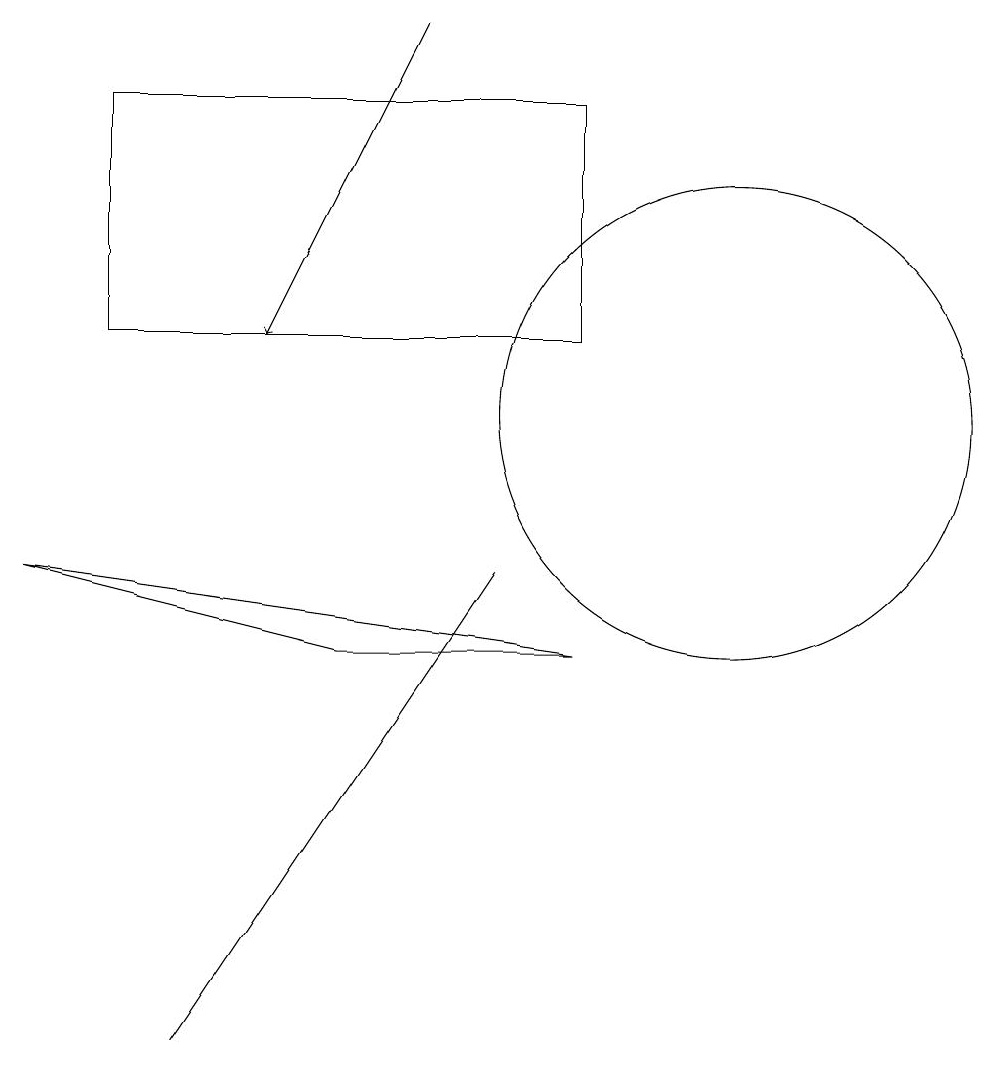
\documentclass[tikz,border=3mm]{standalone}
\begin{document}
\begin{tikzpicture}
\draw (7,8) -- (5,5) -- (3,2) -- cycle;
\draw[->] (6,15) -- (4,11);
\draw (2,11) rectangle (8,14);
\draw (1,8) -- (8,7) -- (5,7) -- cycle;
\draw (10,10) circle (3);
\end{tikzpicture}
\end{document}